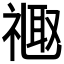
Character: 𫩉